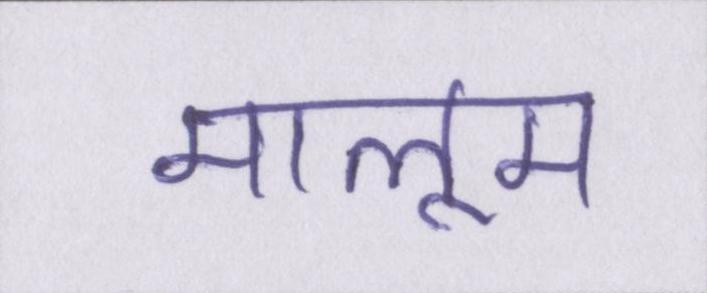
मालूम